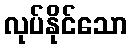
လုပ်နိုင်သော